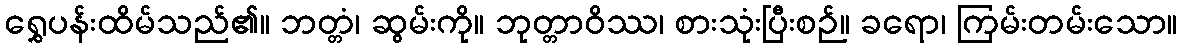
ရွှေပန်းထိမ်သည်၏။ ဘတ္တံ၊ ဆွမ်းကို။ ဘုတ္တာဝိဿ၊ စားသုံးပြီးစဉ်။ ခရော၊ ကြမ်းတမ်းသော။